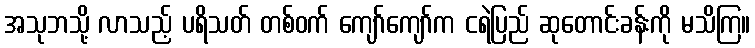
အသုဘသို့ လာသည့် ပရိသတ် တစ်ဝက် ကျော်ကျော်က ငရဲပြည် ဆုတောင်းခန်းကို မသိကြ။